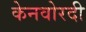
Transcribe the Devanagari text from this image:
केनवोरदी